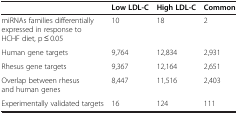
|  | Low LDL-C | High LDL-C | Common |
 | --- | --- | --- | --- |
 | miRNAs families differentially expressed in response to HCHF diet, p ≤ 0.05 | 10 | 18 | 2 |
 | Human gene targets | 9,764 | 12,834 | 2,931 |
 | Rhesus gene targets | 9,367 | 12,164 | 2,651 |
 | Overlap between rhesus and human genes | 8,447 | 11,516 | 2,403 |
 | Experimentally validated targets | 16 | 124 | 111 |